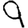
Digit: 9